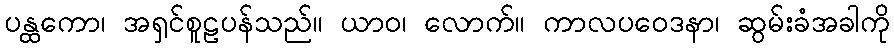
ပန္ထကော၊ အရှင်စူဠပန်သည်။ ယာဝ၊ လောက်။ ကာလပဝေဒနာ၊ ဆွမ်းခံအခါကို